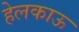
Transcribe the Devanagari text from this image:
हेलकाऊ